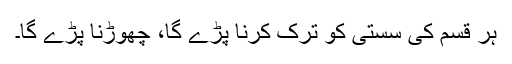
ہر قسم کی سستی کو ترک کرنا پڑے گا، چھوڑنا پڑے گا۔